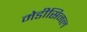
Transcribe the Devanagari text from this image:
मेडीसिनल